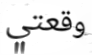
وقعتي